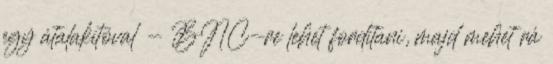
egy átalakítóval - BNC-re lehet fordítani, majd mehet rá